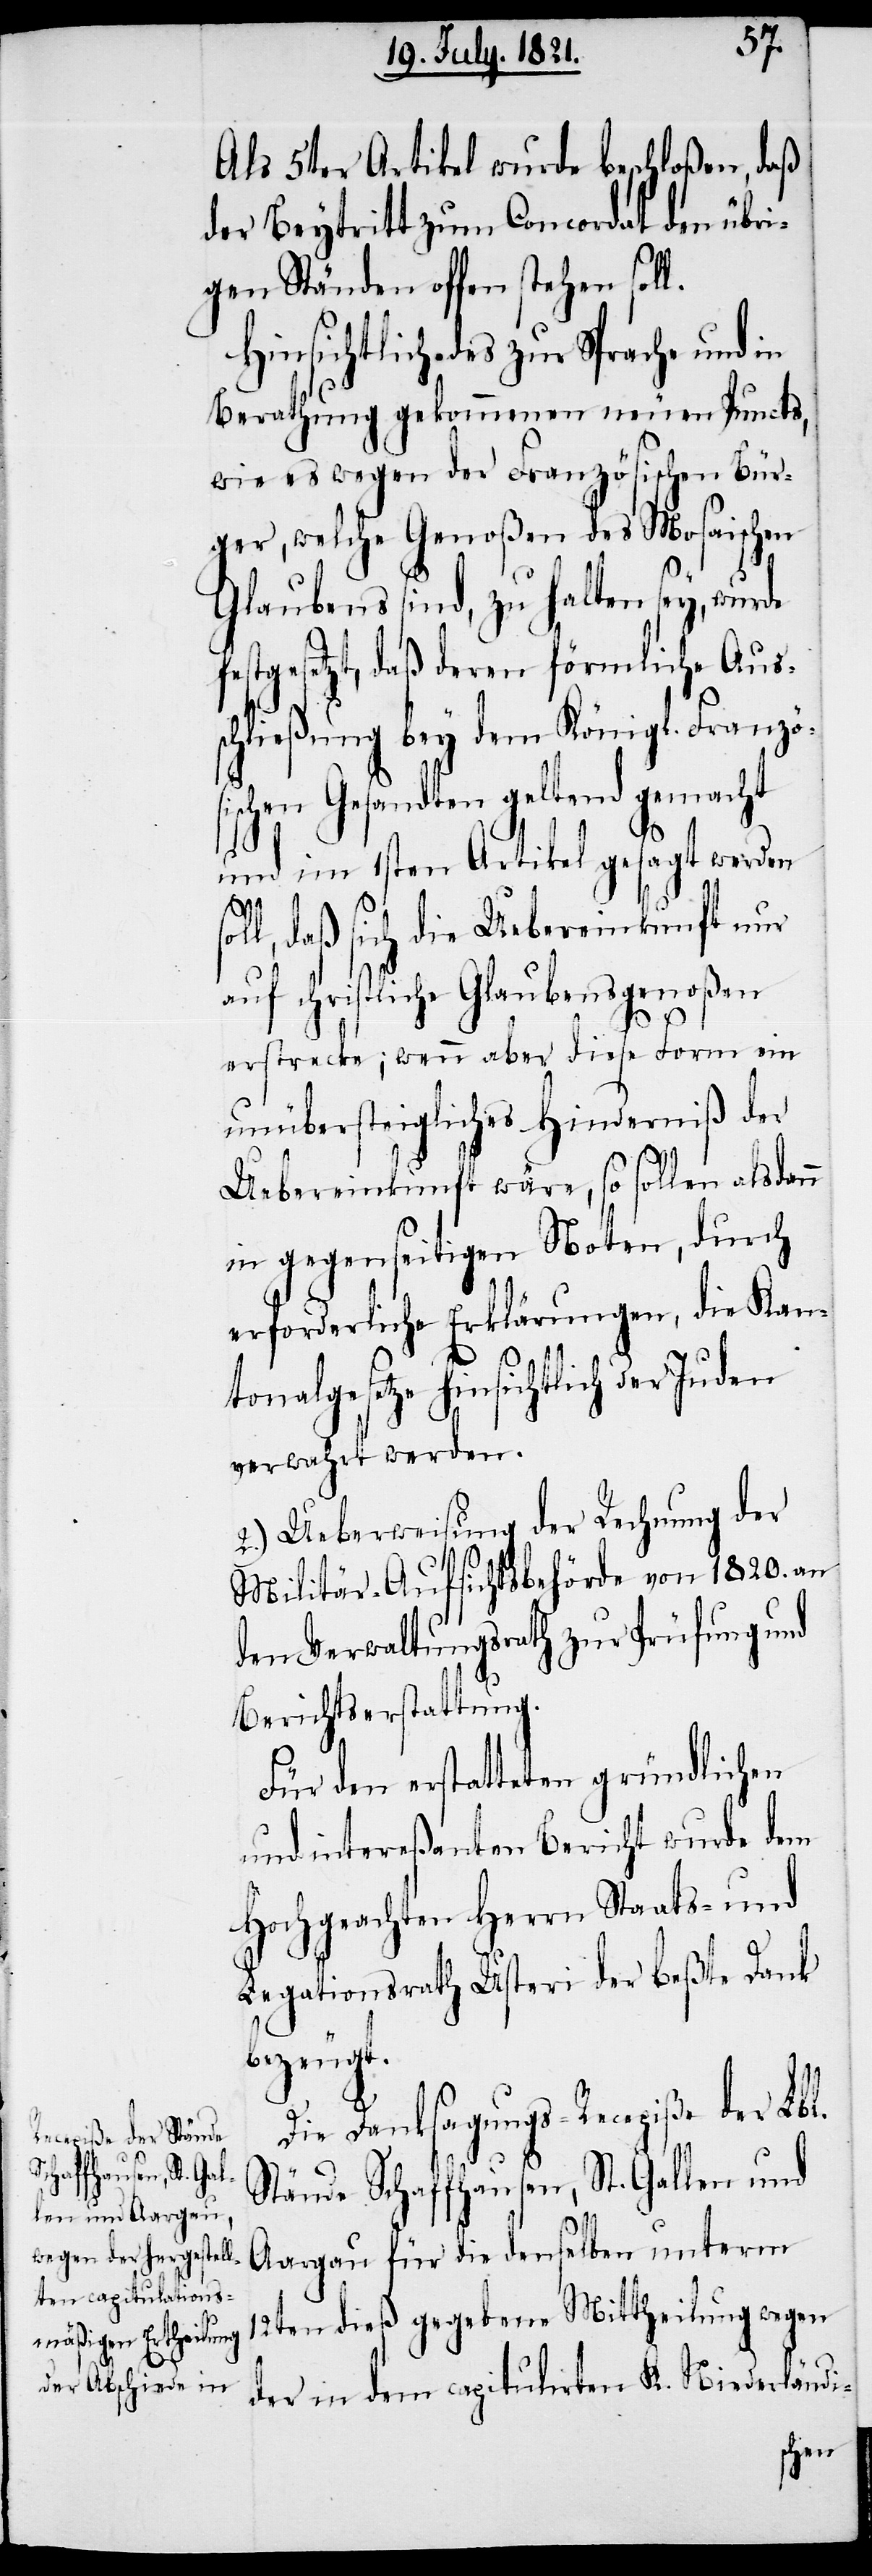
sol¬

f¬
Als 5ter Artikel wurde beschloßen, daß
der Beytritt zum Concordat den übri¬
gen Ständen offen stehen soll.
Hinsichtlich des zur Sprache und in
Berathung gekommenen neuen Puncts,
wie es wegen der Französischen Bür¬
ger, welche Genoßen des Mosaischen
Glaubens sind, zu halten sey, wurde
estgesetzt, daß deren förmliche Aus¬
schließung bey dem Königl. Französ¬
ischen Gesandten geltend gemacht
und im 1sten Artikel gesagt werden
l, daß sich die Uebereinkunft nur
auf christliche Glaubensgenoßen
erstrecke; wenn aber diese Form ein
unübersteigliches Hinderniß der
Uebereinkunft wäre, so sollen alsdann
in gegenseitigen Noten, durch
erforderliche Erklärungen, die Kan¬
tonalgesetze hinsichtlich der Juden
verwahrt werden.
2.) Ueberweisung der Rechnung der
Militär-Aufsichtsbehörde von 1820. an
den Verwaltungsrath zur Prüfung und
Berichtserstattung.
Für den erstatteten gründlichen
und intereßanten Bericht wurde dem
Hochgeachten Herrn Staats- und
Legationsrath Usteri der beßte Dank
bezeugt.
Die Danksagungs-Recepiße der Lbl.
Stände Schaffhausen, St. Gallen und
Aargau für die denselben unterm
12ten dieß gegebene Mittheilung wegen
der in dem capitulirten K. Niederländi-